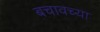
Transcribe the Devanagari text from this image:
बचावच्या